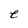
Character: e